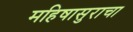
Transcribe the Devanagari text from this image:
महिषासुराचा